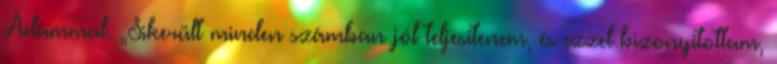
Ádámmal. „Sikerült minden számban jól teljesítenem, és ezzel bizonyítottam,